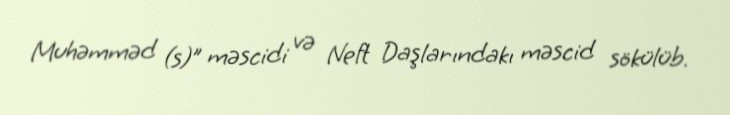
Muhəmməd (s)” məscidi və Neft Daşlarındakı məscid sökülüb.